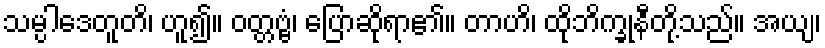
သမ္ပါဒေတူတိ၊ ဟူ၍။ ဝတ္တဗ္ဗံ၊ ပြောဆိုရာ၏။ တာဟိ၊ ထိုဘိက္ခုနီတို့သည်။ အယျ၊